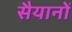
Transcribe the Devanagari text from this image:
सैयानों